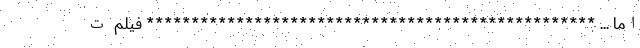
اما ... ************************************************** فیلم ت